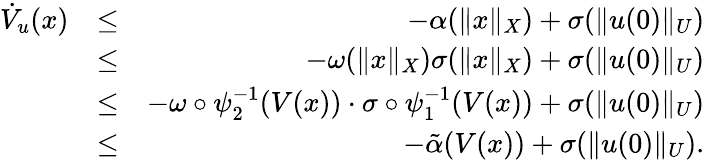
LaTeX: \begin{array}{rlr}{\dot{V}_{u}(x)}&{\leq}&{-\alpha(\| x\| _{X})+\sigma(\| u(0)\| _{U})}\\ &{\leq}&{-\omega(\| x\| _{X})\sigma(\| x\| _{X})+\sigma(\| u(0)\| _{U})}\\ &{\leq}&{-\omega\circ\psi_{2}^{-1}(V(x))\cdot\sigma\circ\psi_{1}^{-1}(V(x))+\sigma(\| u(0)\| _{U})}\\ &{\leq}&{-\tilde{\alpha}(V(x))+\sigma(\| u(0)\| _{U}).}\end{array}